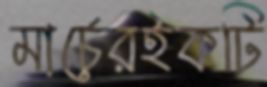
মার্চেরইকটি